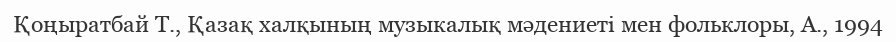
Қоңыратбай Т., Қазақ халқының музыкалық мәдениеті мен фольклоры, А., 1994